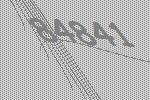
84841